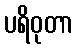
ပရိဝုတာ